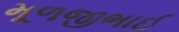
મૂળજીભાઈ